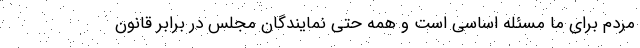
مردم برای ما مسئله اساسی است و همه حتی نمایندگان مجلس در برابر قانون